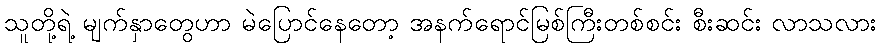
သူတို့ရဲ့ မျက်နှာတွေဟာ မဲပြောင်နေတော့ အနက်ရောင်မြစ်ကြီးတစ်စင်း စီးဆင်း လာသလား